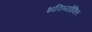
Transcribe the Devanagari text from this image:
भविष्योक्ति